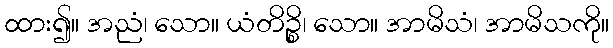
ထား၍။ အညံ၊ သော။ ယံတိဉ္စိ၊ သော။ အာမိသံ၊ အာမိသကို။